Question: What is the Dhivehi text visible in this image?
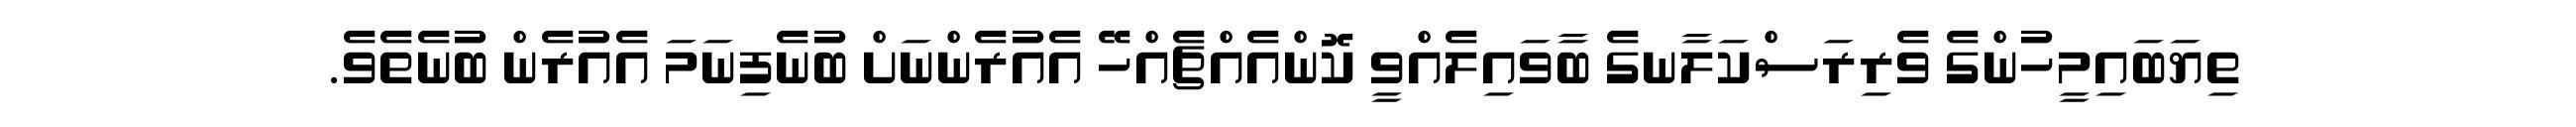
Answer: ތިޔަބައިމީހުންގެ ވެރިރަސްކަލާނގެ ބާވައިލެއްވީ ކޮންއެއްޗެއްހޭ އެއުރެންނަށް ބުނެފިނަމަ އެއުރެން ބުނެތެވެ.